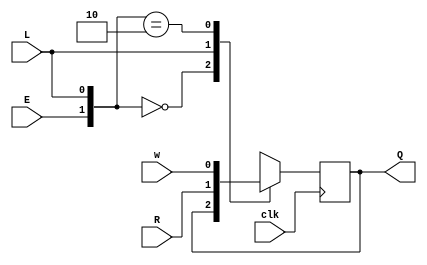
module top_module (
    input clk,
    input w, R, E, L,
    output reg Q
);

    always @(posedge clk ) begin
        casez ({E, L})
            2'b00: begin
                Q <= Q;
            end 
            2'bz1: begin
                Q <= R;
            end
            2'b10: begin
                Q <= w;
            end
            default: Q <= 1'b0;
        endcase
    end

endmodule